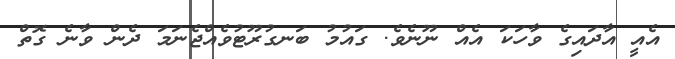
އެއީ އާދައިގެ ވާހަކަ އެއް ނޫނެވެ. ގައުމު ބަނގުރޫޓުވެއްޖެނަމަ ދެން ވާނެ ގޮތް